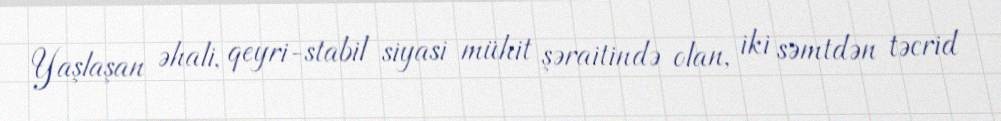
Yaşlaşan əhali, qeyri-stabil siyasi mühit şəraitində olan, iki səmtdən təcrid